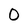
Character: O